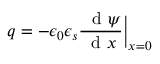
q = - \epsilon _ { 0 } \epsilon _ { s } \frac { \ \mathrm { ~ d ~ } \psi } { \mathrm { ~ d ~ } x } \bigg | _ { x = 0 }